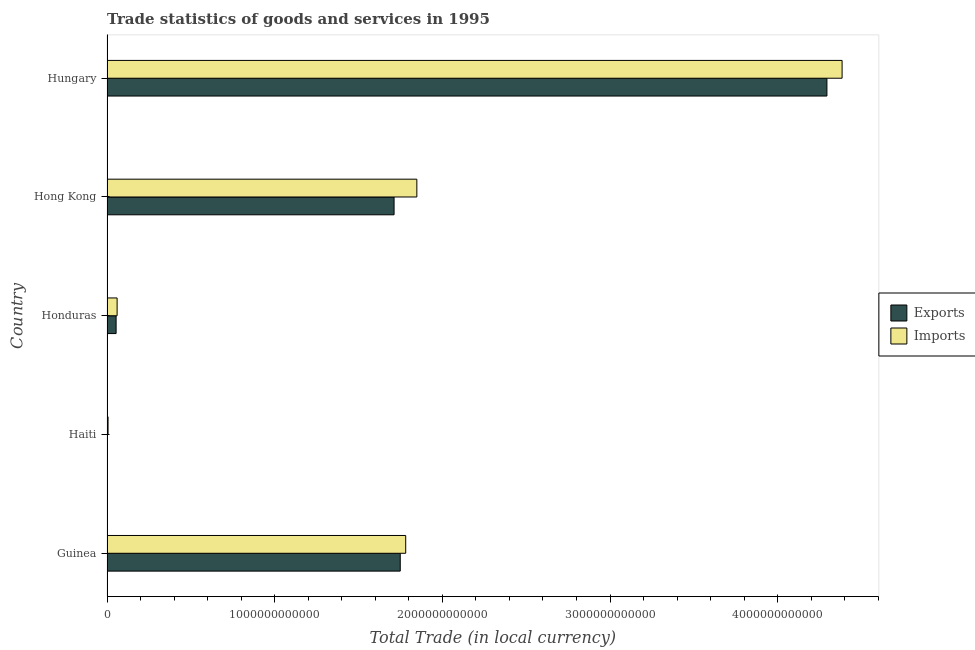
| Country | Exports | Imports |
 | --- | --- | --- |
 | Guinea | 1.75e+12 | 1.78e+12 |
 | Haiti | 1.33e+09 | 6.34e+09 |
 | Honduras | 5.43e+10 | 6.03e+10 |
 | Hong Kong | 1.71e+12 | 1.85e+12 |
 | Hungary | 4.29e+12 | 4.38e+12 |